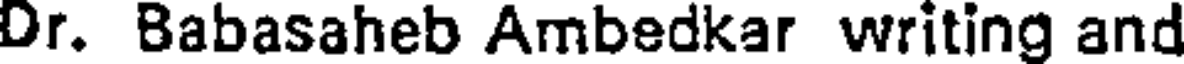
Dr. Babasaheb Ambedkar writing and